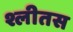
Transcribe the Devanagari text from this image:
श्लीतस